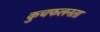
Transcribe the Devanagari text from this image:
कुचफलनता